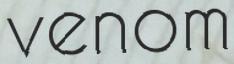
venom